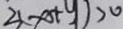
3 ( x + 9 ) > 6